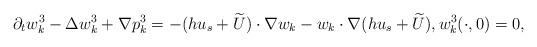
LaTeX: \begin{align*}\partial_tw_k^3-\Delta w_k^3+\nabla p_k^3=-(hu_s+\widetilde U)\cdot\nabla w_k-w_k\cdot\nabla (hu_s+\widetilde U), w_k^3(\cdot,0)=0,\end{align*}